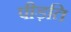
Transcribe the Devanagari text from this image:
पीड़ति